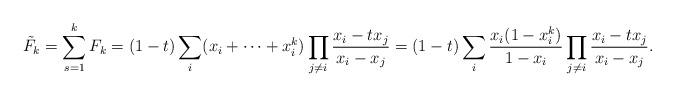
LaTeX: \begin{align*}\tilde F_k= \sum_{s=1}^k F_k=(1-t)\sum_i (x_i+\dots +x_i^k)\prod_{j\ne i}\frac{x_i-tx_j}{x_i-x_j}=(1-t)\sum_i \frac{x_i(1-x_i^{k})}{1-x_i}\prod_{j\ne i}\frac{x_i-tx_j}{x_i-x_j}.\end{align*}